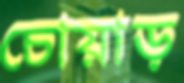
চোয়াড়